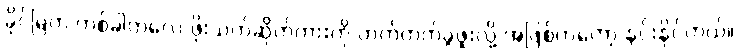
ခိုင်မြဲက တစ်ခါတလေ ဖိုးသက်ဆိုက်ကားကို တက်တက်ခွဖူးလို့ အဖြစ်ကတော့ နင်းနိုင်တယ်။